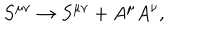
LaTeX: S ^ { \mu \nu } \rightarrow S ^ { \mu \nu } + A ^ { \mu } A ^ { \nu } ,